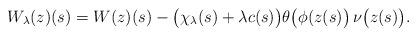
LaTeX: \begin{align*}W_\lambda(z)(s)=W(z)(s)-\big(\chi_\lambda(s)+\lambda c(s)\big)\theta\big(\phi(z(s)\big)\,\nu\big(z(s)\big).\end{align*}